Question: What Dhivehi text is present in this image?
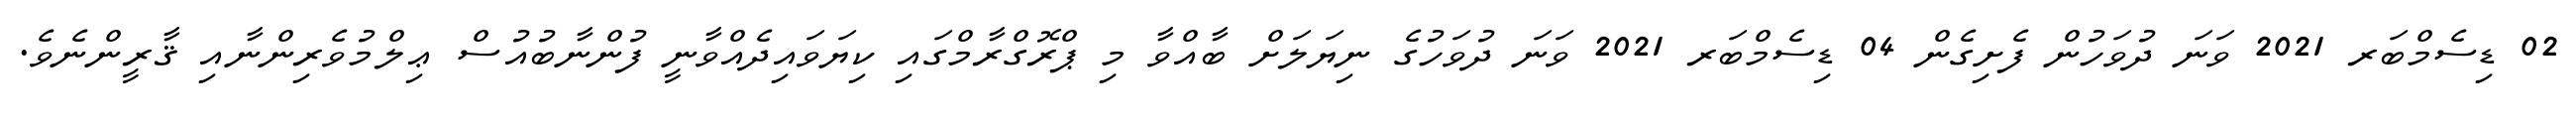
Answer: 02 ޑިސެމްބަރ 2021 ވަނަ ދުވަހުން ފެށިގެން 04 ޑިސެމްބަރ 2021 ވަނަ ދުވަހުގެ ނިޔަލަށް ބާއްވާ މި ޕްރޮގްރާމްގައި ކިޔަވައިދެއްވާނީ ފުންނާބުއުސް ޢިލްމުވެރިންނާއި ޤާރީންނެވެ.